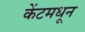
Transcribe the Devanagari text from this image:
केंटमधून